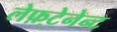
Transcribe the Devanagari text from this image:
लेफ़्टेनेन्ट